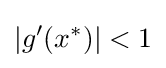
|g'(x^{*})|<1